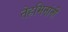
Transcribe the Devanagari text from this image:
तेहमिनांनी